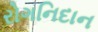
રોગનિદાન